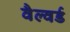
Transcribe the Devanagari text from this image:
वैल्वर्ड